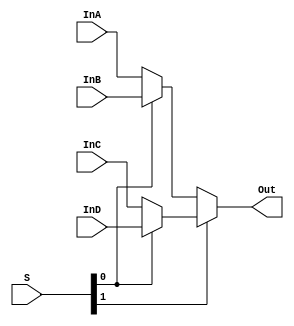

// a 4-to-1 mux
module mux4to1_16(InA, InB, InC, InD, S, Out);
	input  [15:0] InA, InB, InC, InD;
	input  [1:0]  S;
	output [15:0] Out;
	
	wire [15:0] mux0_out, mux1_out;

    assign mux0_out = (S[0]) ? InB : InA;
    assign mux1_out = (S[0]) ? InD : InC;
	assign Out = (S[1]) ? mux1_out : mux0_out;

endmodule